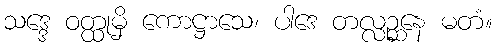
သဒ္ဒေ ဝတ္ထုမှိ ကောဋ္ဌာသေ၊ ပါဒေ တလ္လဉ္ဆနေ မတံ။